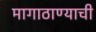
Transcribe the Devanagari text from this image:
मागाठाण्याची